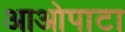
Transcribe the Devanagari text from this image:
आओपाटा